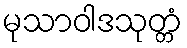
မုသာဝါဒသုတ္တံ